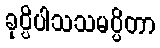
ခုပ္ပိပါသသမပ္ပိတာ